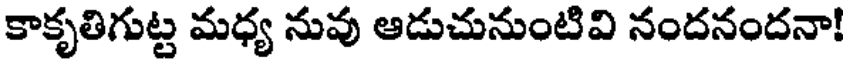
కాకృతిగుట్ట మధ్య నువు ఆడుచునుంటివి నందనందనా!